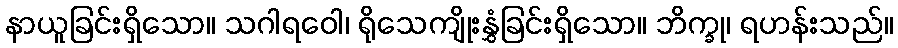
နာယူခြင်းရှိသော။ သဂါရဝေါ၊ ရိုသေကျိုးနွှံခြင်းရှိသော။ ဘိက္ခု၊ ရဟန်းသည်။